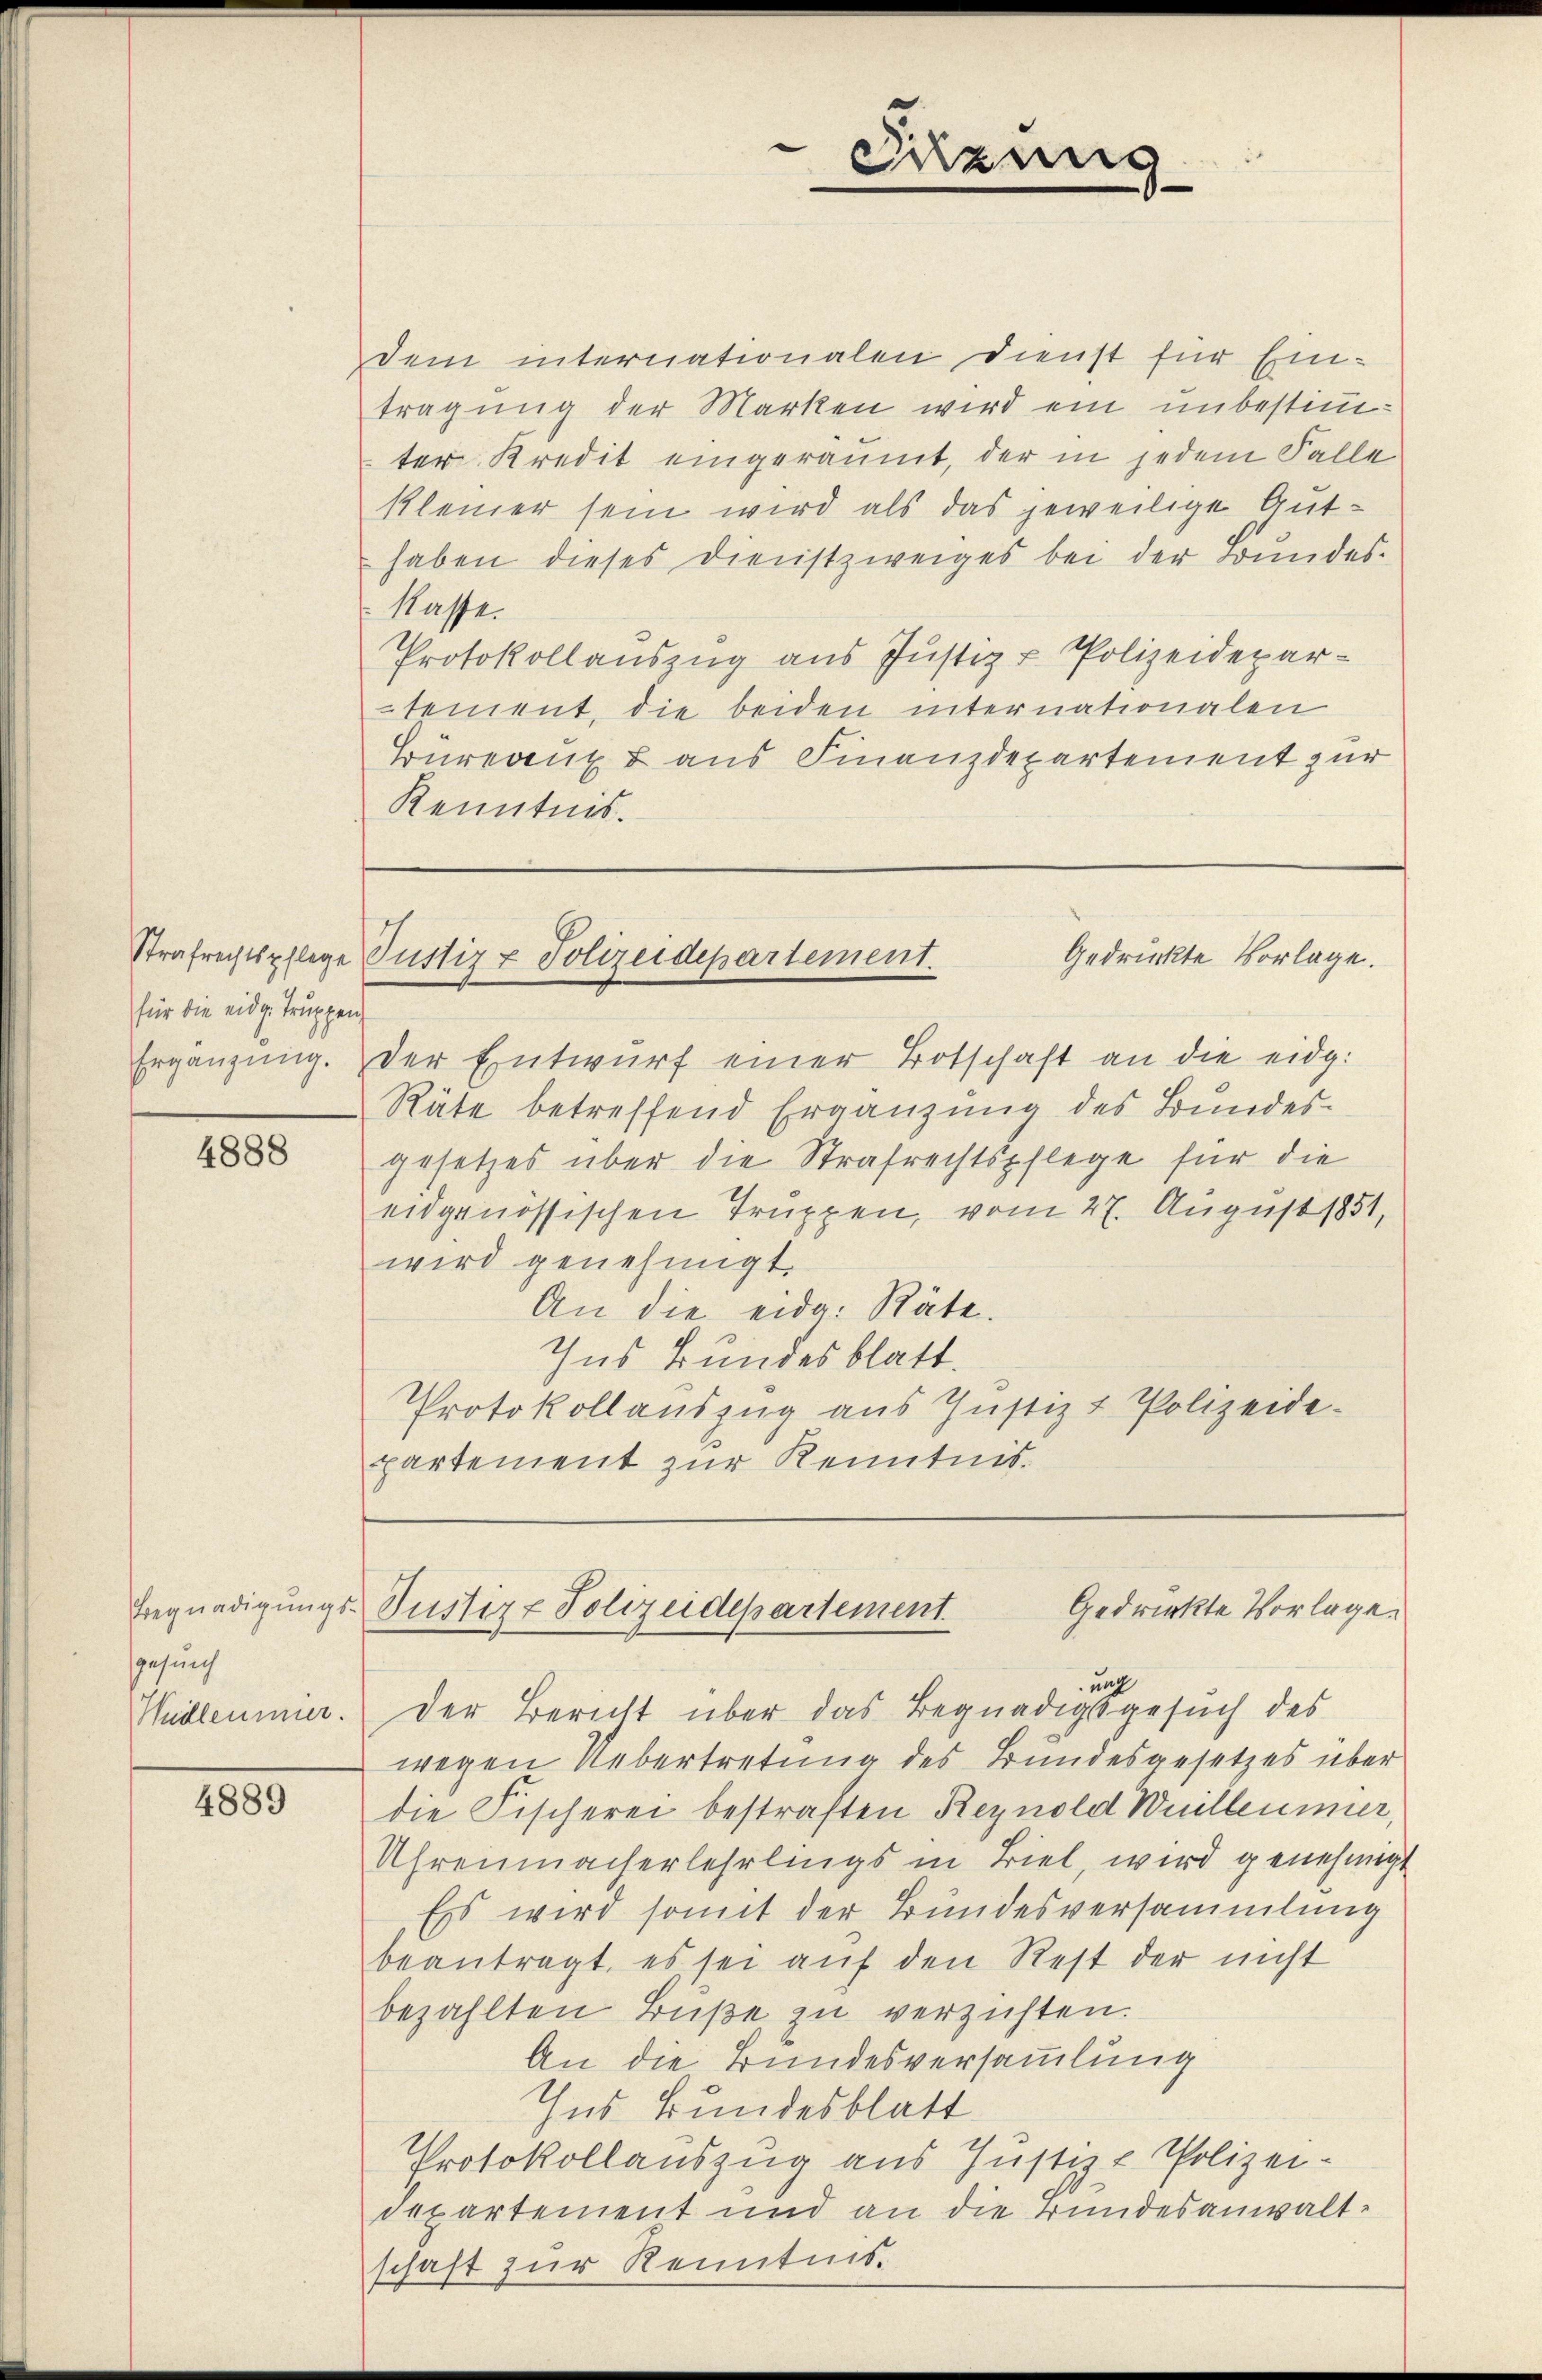
für die eidg. Truppen
Ergänzung.

4888

gesunch

4889

dem internationalen Dienst für Eintragung der Marken wird ein unbestimmter Kredit eingeräumt, der in jedem Falle
kleiner sein wird als das jeweilige Anthaben dieses Dienstzweiges bei der Bundeskasse.
Protokollauszug aus Justiz & Polizeidepartement, die beiden internationalen
Büreau & aus Finanzdepartement zur
Kenntnis.

der Entwurf einer Botschaft an die eidg.
Räte betreffend Ergänzung des Bundesgesetzes über die Strafrechtspflege für die
eidgenössischen Truppen, vom 27. August 1851,
wird genehmigt.
An die eid. Räte.
Ins Bundesblatt.
Protokollauszug aus Justiz & Polizeide-
partement zur Kenntnis

Menng

Strafrechtspflege Justiz & Polizeidepartement.
gedruckte Vorlage.

Begnadigungs-Justiz & Polizeidepartement
Gedrückte Vorlage.

ung
Wudleumier. Der Bericht über das Begnadigsgesuch des
wegen Uebertretung des Bundesgesetzes über
die Fischerei bestraften Reynold Weilleumier,
Uhrenmacherlehrlings in Biel, wird genehmigt
Ess wird somit der Bundesversammlung
beantragt, es sei auf den Rest der nicht
bezahlten Buße zu verzichten.
An die Bundesversammlung
Ins Bundesblatt
Protokollauszug aus Justiz - Polizei-
departement und an die Bundesanwaltschaft zur Kenntnis.